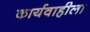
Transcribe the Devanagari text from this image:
कार्यवाहीला